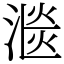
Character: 㴴